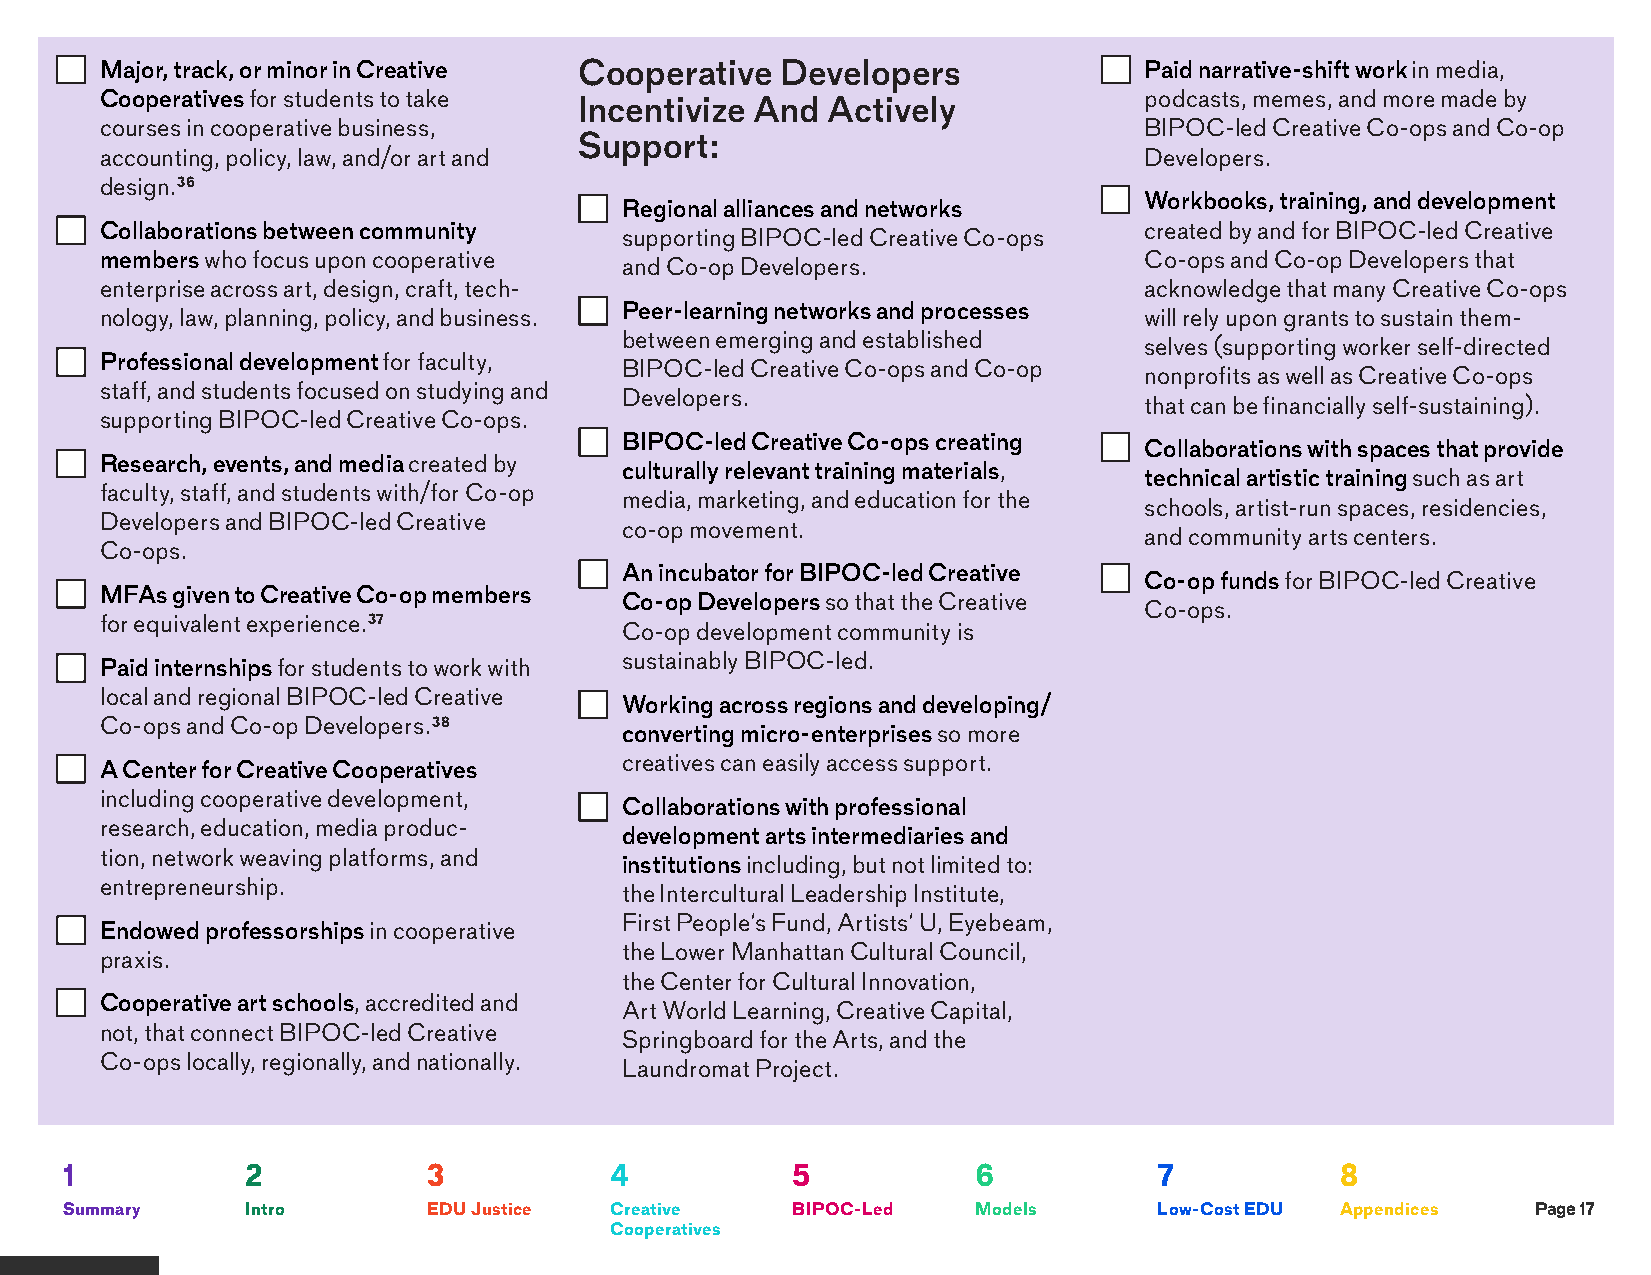
•  Major, track, or minor in Creative Cooperative Developers         •  Paid narrative-shift work in media,
 Cooperatives for students to take                                    podcasts, memes, and more made by
 Incentivize And  Actively
 courses in cooperative business,                                     BIPOC-led Creative Co-ops and Co-op
 Support:
 accounting, policy, law, and/or art and                              Developers.
 design.36
 •  Workbooks, training, and development
 •  Regional alliances and networks
 •  Collaborations between community                                     created by and for BIPOC-led Creative
 supporting BIPOC-led Creative Co-ops
 members who focus upon cooperative                                   Co-ops and Co-op Developers that
 and Co-op Developers.
 enterprise across art, design, craft, tech-                          acknowledge that many Creative Co-ops
 •  Peer-learning networks and processes
 nology, law, planning, policy, and business.                         will rely upon grants to sustain them-
 between emerging and established
 selves (supporting worker self-directed
 •  Professional development for faculty,
 BIPOC-led Creative Co-ops and Co-op
 nonprofits as well as Creative Co-ops
 staff, and students focused on studying and
 Developers.
 that can be financially self-sustaining).
 supporting BIPOC-led Creative Co-ops.
 •  BIPOC-led Creative Co-ops creating
 •  Collaborations with spaces that provide
 •  Research, events, and media created by
 culturally relevant training materials,
 technical artistic training such as art
 faculty, staff, and students with/for Co-op
 media, marketing, and education for the
 schools, artist-run spaces, residencies,
 Developers and BIPOC-led Creative
 co-op movement.
 and community arts centers.
 Co-ops.
 •  An incubator for BIPOC-led Creative
 •  Co-op funds for BIPOC-led Creative
 •  MFAs given to Creative Co-op members
 Co-op Developers so that the Creative
 Co-ops.
 for equivalent experience.37
 Co-op development community is
 sustainably BIPOC-led.
 •  Paid internships for students to work with
 local and regional BIPOC-led Creative
 •  Working across regions and developing/
 Co-ops and Co-op Developers.38
 converting micro-enterprises so more
 creatives can easily access support.
 •  A Center for Creative Cooperatives
 including cooperative development,
 •  Collaborations with professional
 research, education, media produc-
 development arts intermediaries and
 tion, network weaving platforms, and
 institutions including, but not limited to:
 entrepreneurship.
 the Intercultural Leadership Institute,
 First People’s Fund, Artists’ U, Eyebeam,
 •  Endowed professorships in cooperative
 the Lower Manhattan Cultural Council,
 praxis.
 the Center for Cultural Innovation,
 •  Cooperative art schools, accredited and
 Art World Learning, Creative Capital,
 not, that connect BIPOC-led Creative
 Springboard for the Arts, and the
 Co-ops locally, regionally, and nationally.
 Laundromat Project.
 1           2           3           4           5            6           7           8
 Summary     Intro       EDU Justice Creative    BIPOC-Led    Models      Low-Cost EDU Appendices  Page 17
 Cooperatives